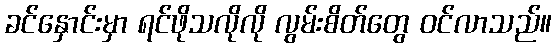
ခင်နှောင်းမှာ ရင်ဖိုသလိုလို လွမ်းစိတ်တွေ ဝင်လာသည်။